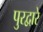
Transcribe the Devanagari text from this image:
पुरद्वारे